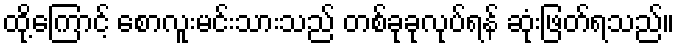
ထို့ကြောင့် စောလူးမင်းသားသည် တစ်ခုခုလုပ်ရန် ဆုံးဖြတ်ရသည်။